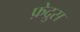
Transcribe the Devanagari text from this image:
फ़ेद्रुस